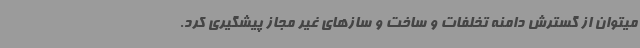
میتوان از گسترش دامنه تخلفات و ساخت و سازهای غیر مجاز پیشگیری کرد.